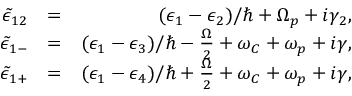
\begin{array} { r l r } { \tilde { \epsilon } _ { 1 2 } } & { = } & { ( \epsilon _ { 1 } - \epsilon _ { 2 } ) / \hbar + \Omega _ { p } + i \gamma _ { 2 } , } \\ { \tilde { \epsilon } _ { 1 - } } & { = } & { ( \epsilon _ { 1 } - \epsilon _ { 3 } ) / \hbar - \frac { \Omega } { 2 } + \omega _ { C } + \omega _ { p } + i \gamma , } \\ { \tilde { \epsilon } _ { 1 + } } & { = } & { ( \epsilon _ { 1 } - \epsilon _ { 4 } ) / \hbar + \frac { \Omega } { 2 } + \omega _ { C } + \omega _ { p } + i \gamma , } \end{array}